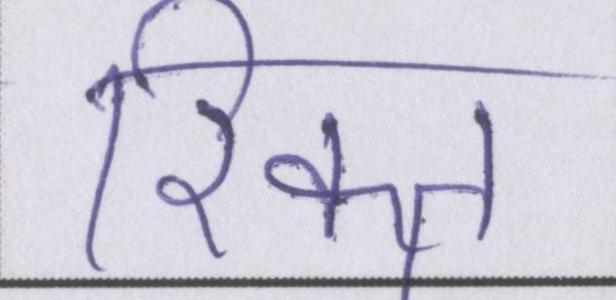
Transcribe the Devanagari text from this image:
रिक्त